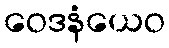
ဝေဒနံယေဝ